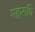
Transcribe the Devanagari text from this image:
महाराधि